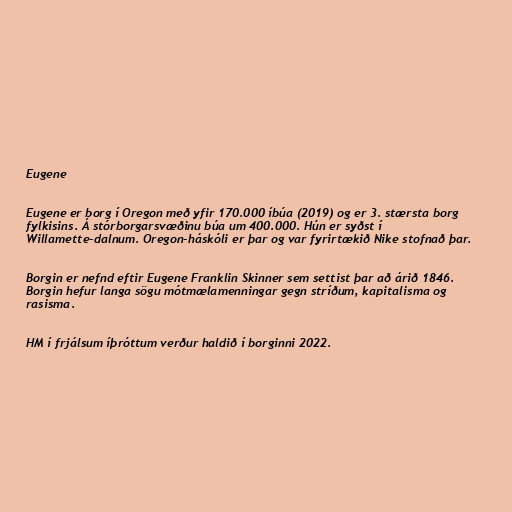
Eugene

Eugene er borg í Oregon með yfir 170.000 íbúa (2019) og er 3. stærsta borg
fylkisins. Á stórborgarsvæðinu búa um 400.000. Hún er syðst í
Willamette-dalnum. Oregon-háskóli er þar og var fyrirtækið Nike stofnað þar.

Borgin er nefnd eftir Eugene Franklin Skinner sem settist þar að árið 1846.
Borgin hefur langa sögu mótmælamenningar gegn stríðum, kapitalisma og
rasisma.

HM í frjálsum íþróttum verður haldið í borginni 2022.